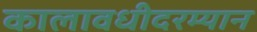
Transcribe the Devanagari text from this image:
कालावधीदरम्यान